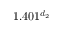
1 . 4 0 1 ^ { d _ { 2 } }